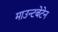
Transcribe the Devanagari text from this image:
माउन्टबेटेन